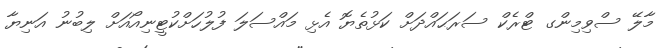
މާލޭ ސްވިމިންގ ޓްރެކް ސަރަޙައްދަށް ކަޅުތެޔޮ އެޅި މައްސަލަ ފުލުހަށްކުޓީނިއޯއަށް ލިބުނު އަނިޔާ